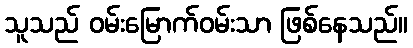
သူသည် ဝမ်းမြောက်ဝမ်းသာ ဖြစ်နေသည်။